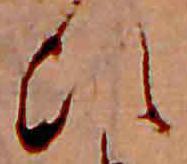
ひ